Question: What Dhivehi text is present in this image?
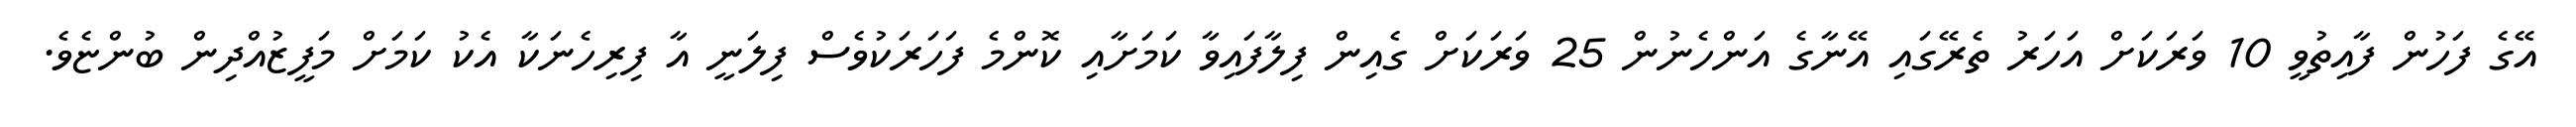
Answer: އޭގެ ފަހުން ފާއިތުވީ 10 ވަރަކަށް އަހަރު ތެރޭގައި އޭނާގެ އަންހެނުން 25 ވަރަކަށް ގެއިން ފިލާފައިވާ ކަމަށާއި ކޮންމެ ފަހަރަކުވެސް ފިލަނީ އާ ފިރިހެނަކާ އެކު ކަމަށް މަފީޒުއްދިން ބުންޏެވެ.